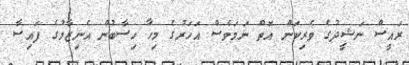
ރައީސް ނަޝީދުގެ ވެރިކަން އޮތް ނަމަވެސް އަހަރުގެ މިހާ ހިސާބުން އެނިޒާމުގެ ފައިސާ